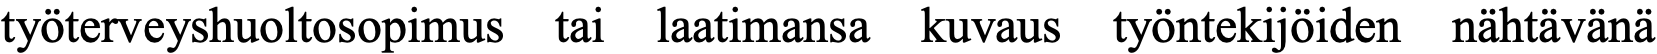
työterveyshuoltosopimus tai laatimansa kuvaus työntekijöiden nähtävänä